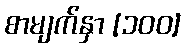
စာမျက်နှာ [၁၀၀]